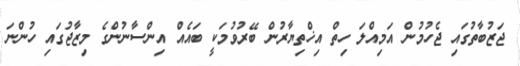
ޖަޒުބާތުގައި ޖެހުމުން އަމިއްލަ ހިތް އިޚްތިޔާރުން ބޭރުވުމަކީ ބައެއް އިންސާނުންގެ މިޒާޖުގައި ހުންނަ